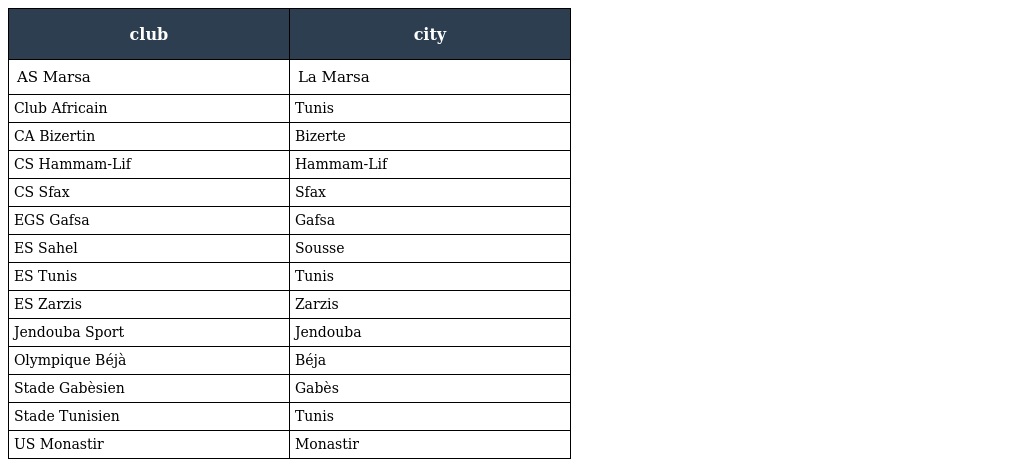
| club | city |
 | --- | --- |
 | AS Marsa | La Marsa |
 | Club Africain | Tunis |
 | CA Bizertin | Bizerte |
 | CS Hammam-Lif | Hammam-Lif |
 | CS Sfax | Sfax |
 | EGS Gafsa | Gafsa |
 | ES Sahel | Sousse |
 | ES Tunis | Tunis |
 | ES Zarzis | Zarzis |
 | Jendouba Sport | Jendouba |
 | Olympique Béjà | Béja |
 | Stade Gabèsien | Gabès |
 | Stade Tunisien | Tunis |
 | US Monastir | Monastir |